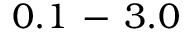
0 . 1 \, - \, 3 . 0